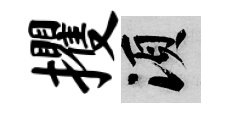
攫須